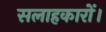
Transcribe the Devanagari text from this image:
सलाहकारों।